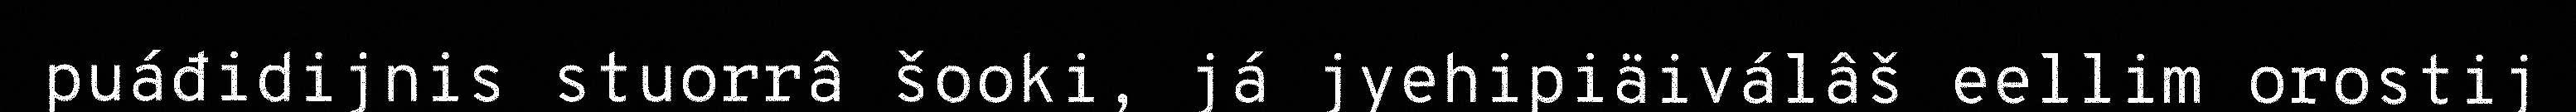
puáđidijnis stuorrâ šooki, já jyehipiäiválâš eellim orostij